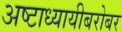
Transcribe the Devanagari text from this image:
अष्टाध्यायीबरोबर